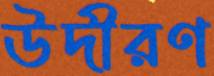
উদীরণ